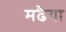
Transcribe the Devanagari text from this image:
मढैया